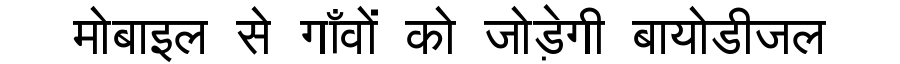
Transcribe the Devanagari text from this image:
मोबाइल से गाँवों को जोड़ेगी बायोडीजल